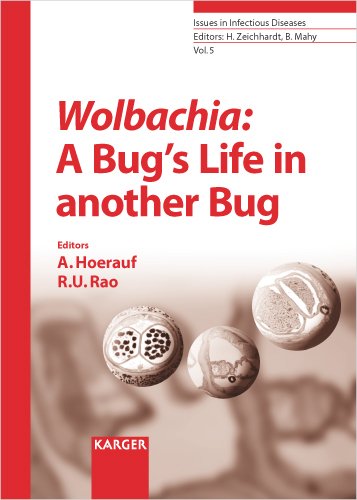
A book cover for Wolbachia: A Bug's Life in another Bug (Issues in Infectious Diseases, Vol. 5); Medical Books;